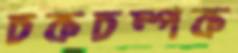
চকচম্পক